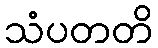
သံပတတိ